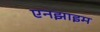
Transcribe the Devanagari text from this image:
एनझाइम